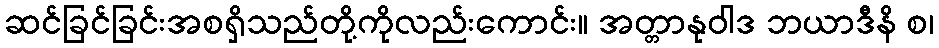
ဆင်ခြင်ခြင်းအစရှိသည်တို့ကိုလည်းကောင်း။ အတ္တာနုဝါဒ ဘယာဒီနိ စ၊